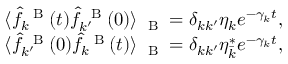
\begin{array} { r } { \langle \hat { f } _ { k } ^ { \mathrm { ~ \tiny ~ B ~ } } ( t ) \hat { f } _ { k ^ { \prime } } ^ { \mathrm { ~ \tiny ~ B ~ } } ( 0 ) \rangle _ { \mathrm { ~ \tiny ~ B ~ } } = \delta _ { k k ^ { \prime } } \eta _ { k } e ^ { - \gamma _ { k } t } , } \\ { \langle \hat { f } _ { k ^ { \prime } } ^ { \mathrm { ~ \tiny ~ B ~ } } ( 0 ) \hat { f } _ { k } ^ { \mathrm { ~ \tiny ~ B ~ } } ( t ) \rangle _ { \mathrm { ~ \tiny ~ B ~ } } = \delta _ { k k ^ { \prime } } \eta _ { \bar { k } } ^ { \ast } e ^ { - \gamma _ { k } t } , } \end{array}